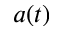
a ( t )